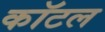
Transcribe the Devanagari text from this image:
कॉटल